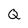
Character: Q